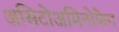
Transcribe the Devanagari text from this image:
असिटोअमिनोफेन